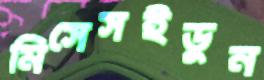
মিসেসইডুন